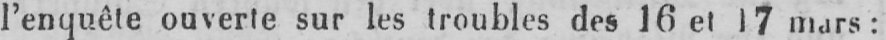
l’enquête ouverte sur les troubles des 16 et 17 mars: